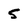
Character: 5